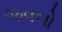
જવનો